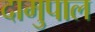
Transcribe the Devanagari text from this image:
दामुपाल